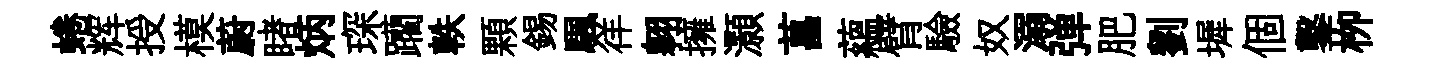
蜷辉授模蔚睹炳琛躪軼顆錫颿徉翱擁灝菖藴臂驗奴溺弹肥劉墀個鑿栁